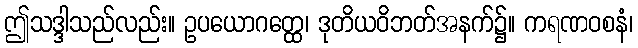
ဤသဒ္ဒါသည်လည်း။ ဥပယောဂတ္ထေ၊ ဒုတိယဝိဘတ်အနက်၌။ ကရဏဝစနံ၊